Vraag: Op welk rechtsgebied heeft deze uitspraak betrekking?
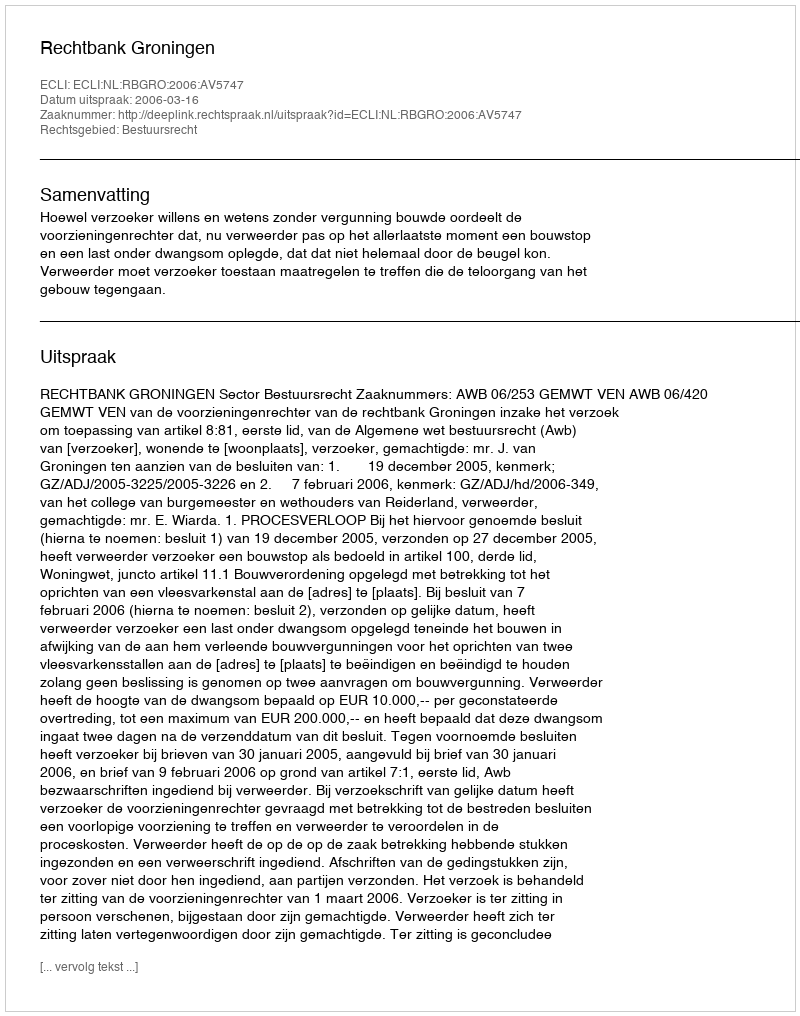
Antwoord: Bestuursrecht